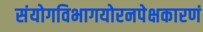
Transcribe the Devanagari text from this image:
संयोगविभागयोरनपेक्षकारणं